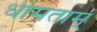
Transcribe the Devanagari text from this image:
धीमताम्‌